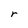
Character: r